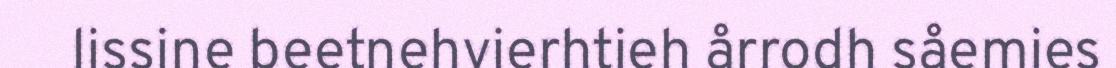
lissine beetnehvierhtieh årrodh såemies